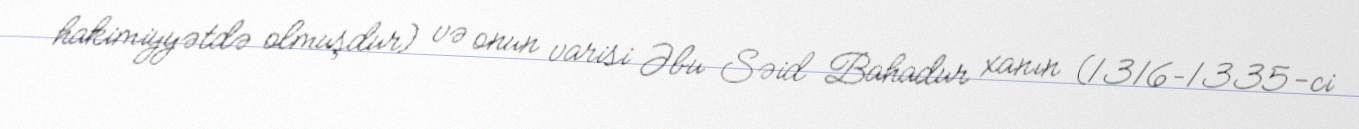
hakimiyyətdə olmuşdur) və onun varisi Əbu Səid Bahadur xanın (1316–1335-ci